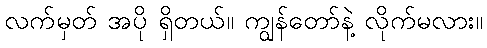
လက်မှတ် အပို ရှိတယ်။ ကျွန်တော်နဲ့ လိုက်မလား။